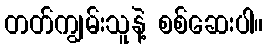
တတ်ကျွမ်းသူနဲ့ စစ်ဆေးပါ။